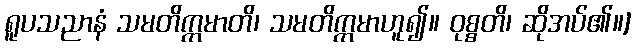
ရူပသညာနံ သမတိက္ကမာတိ၊ သမတိက္ကမာဟူ၍။ ဝုစ္စတိ၊ ဆိုအပ်၏။]